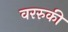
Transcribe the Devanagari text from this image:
वररुकी